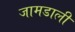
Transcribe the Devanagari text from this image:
जामडाली